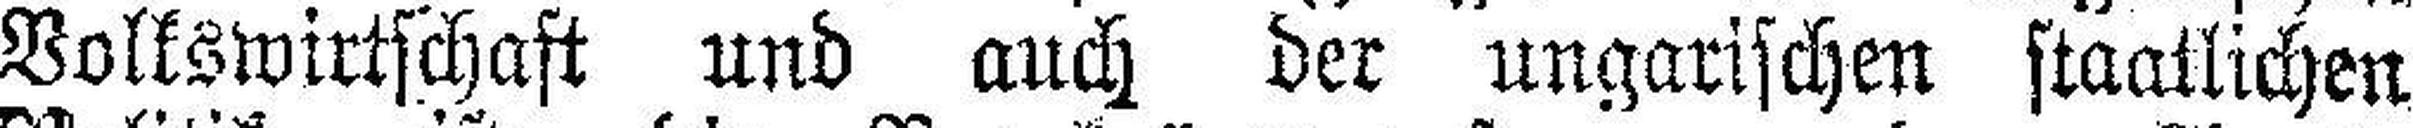
Volkswirtschaft und auch der ungarischen staatlichen